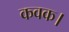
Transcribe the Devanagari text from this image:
कवक।